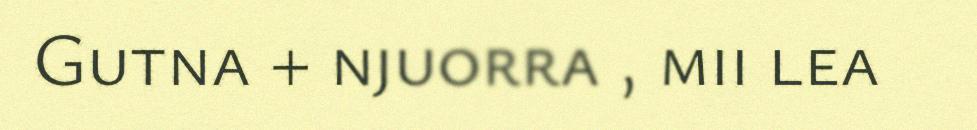
Gutna + njuorra , mii lea